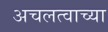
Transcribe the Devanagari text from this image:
अचलत्वाच्या